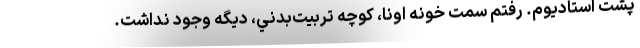
پشت استاديوم. رفتم سمت خونه اونا، كوچه تربيت‌بدني، ديگه وجود نداشت.